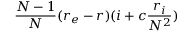
\frac { N - 1 } { N } ( r _ { e } - r ) ( i + c \frac { r _ { i } } { N ^ { 2 } } )